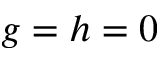
g = h = 0